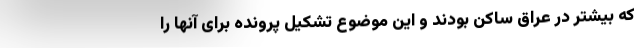
که بیشتر در عراق ساکن بودند و این موضوع تشکیل پرونده برای آنها را